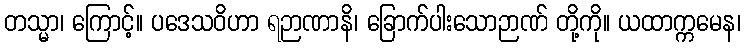
တသ္မာ၊ ကြောင့်။ ပဒေသဝိဟာ ရဉာဏာနိ၊ ခြောက်ပါးသောဉာဏ် တို့ကို။ ယထာက္ကမေန၊